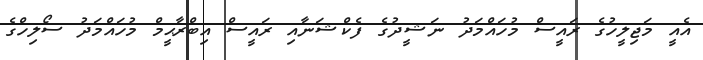
އެއީ މަޖިލީހުގެ ރައީސް މުހައްމަދު ނަޝީދުގެ ފެކްޝަނާއި ރައީސް އިބްރާޙީމް މުހައްމަދު ސޯލިހްގެ